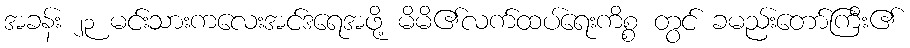
အခန်း ၂၃ မင်းသားကလေးအင်ဒရေအဖို့ မိမိ၏လက်ထပ်ရေးကိစ္စ တွင် ခမည်းတော်ကြီး၏